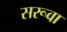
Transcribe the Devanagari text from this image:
सरूवा